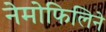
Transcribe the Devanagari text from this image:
नेमोफिलिने